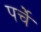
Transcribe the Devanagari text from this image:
पर्चें